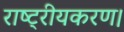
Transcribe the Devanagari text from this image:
राष्ट्रीयकरण।